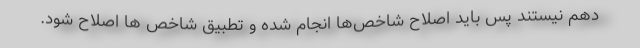
دهم نیستند پس باید اصلاح شاخص‌ها انجام شده و تطبیق شاخص ها اصلاح شود.